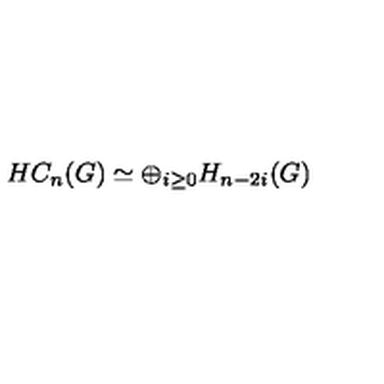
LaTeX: H C _ { n } ( G ) \simeq \oplus _ { i \geq 0 } H _ { n - 2 i } ( G )